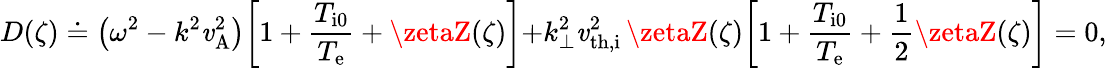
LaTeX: D(\zeta)\doteq\bigl(\omega^{2}-k^{2}\mathit{v}_{\mathrm{{A}}}^{2}\bigr)\biggl[1+\frac{{T_{\mathrm{{i0}}}}}{{T_{\mathrm{{e}}}}}+\zetaZ(\zeta)\biggl]+k_{\perp}^{2}\mathit{v}_{\mathrm{{th,i}}}^{2}\, \zetaZ(\zeta)\biggl[1+\frac{{T_{\mathrm{{i0}}}}}{{T_{\mathrm{{e}}}}}+\frac{{1}}{{2}}\zetaZ(\zeta)\biggr]=0,